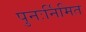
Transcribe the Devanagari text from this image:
पुनःर्निमित